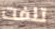
تلفت